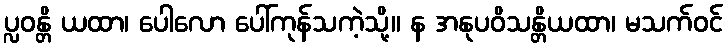
ပ္လဝန္တိ ယထာ၊ ပေါလော ပေါ်ကုန်သကဲ့သို့။ န အနုပဝိသန္တိယထာ၊ မသက်ဝင်